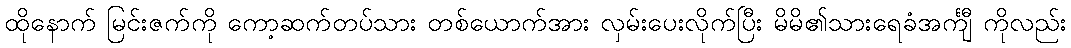
ထိုနောက် မြင်းဇက်ကို ကော့ဆက်တပ်သား တစ်ယောက်အား လှမ်းပေးလိုက်ပြီး မိမိ၏သားရေခံအင်္ကျီ ကိုလည်း